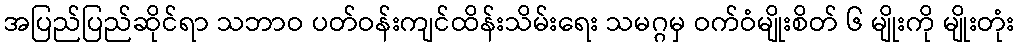
အပြည်ပြည်ဆိုင်ရာ သဘာဝ ပတ်ဝန်းကျင်ထိန်းသိမ်းရေး သမဂ္ဂမှ ဝက်ဝံမျိုးစိတ် ၆ မျိုးကို မျိုးတုံး